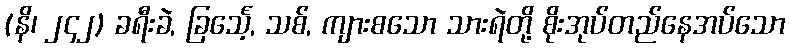
(နိ၊ ၂၄၂) ခရီးခဲ, ခြင်္သေ့, သစ်, ကျားစသော သားရဲတို့ စိုးအုပ်တည်နေအပ်သော